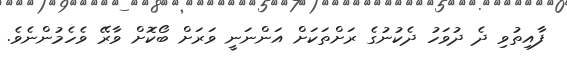
ފާއިތުވި ދެ ދުވަހު ދެކުނުގެ ރަށްތަކަށް އަންނަނީ ވަރަށް ބޯކޮށް ވާރޭ ވެހެމުންނެވެ.